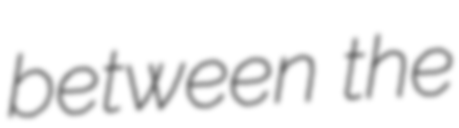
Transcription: between the